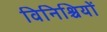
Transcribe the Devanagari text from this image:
विनिश्चियों